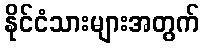
နိုင်ငံသားများအတွက်